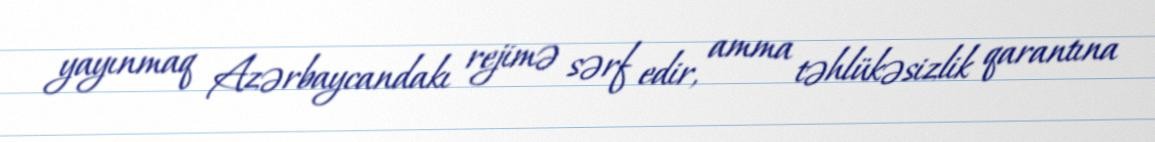
yayınmaq Azərbaycandakı rejimə sərf edir, amma təhlükəsizlik qarantına